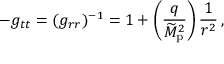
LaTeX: - g _ { t t } = ( g _ { r r } ) ^ { - 1 } = 1 + \left( { \frac { q } { \widetilde { M } _ { \mathrm { p } } ^ { 2 } } } \right) { \frac { 1 } { r ^ { 2 } } } \, ,